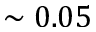
\sim 0 . 0 5